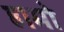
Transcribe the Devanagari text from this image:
हामो